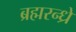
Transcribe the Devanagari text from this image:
ब्रह्मरन्ध्रे